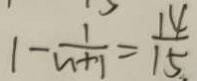
1 - \frac { 1 } { n + 1 } = \frac { 1 4 } { 1 5 . }